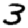
Digit: 3